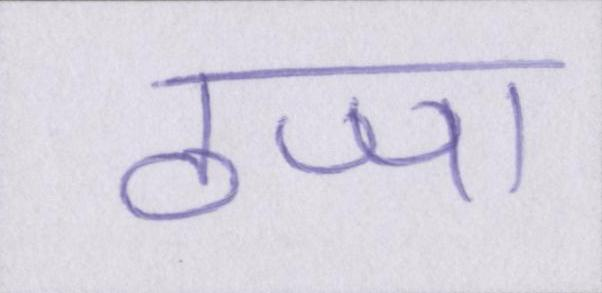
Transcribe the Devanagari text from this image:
ठप्पा